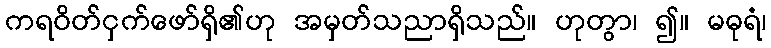
ကရဝိတ်ငှက်ဖော်ရှိ၏ဟု အမှတ်သညာရှိသည်။ ဟုတွာ၊ ၍။ မဓုရံ၊